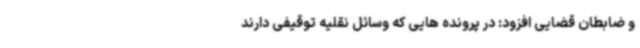
و ضابطان قضایی افزود: در پرونده هایی که وسائل نقلیه توقیفی دارند